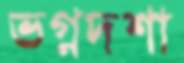
ভগ্নদশা